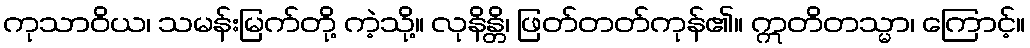
ကုသာဝိယ၊ သမန်းမြက်တို့ ကဲ့သို့။ လုနိန္တိ၊ ဖြတ်တတ်ကုန်၏။ ဣတိတသ္မာ၊ ကြောင့်။